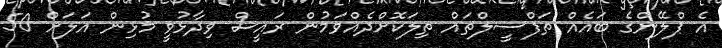
އެ ޕްލޭންގެ ބައެއް ތަފްސީލްތައް ތިލަކޮށްދެއްވަމުން ރައީސް ވިދާޅުވީ މުޅިން އަލަށް 50